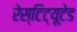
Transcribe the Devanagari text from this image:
रेस्टिट्यूटेड